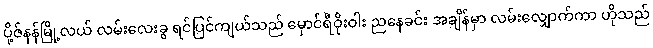
ပို့ဇ်နန်မြို့လယ် လမ်းလေးခွ ရင်ပြင်ကျယ်သည် မှောင်ရီဝိုးဝါး ညနေခင်း အချိန်မှာ လမ်းလျှောက်ကာ ဟိုသည်